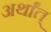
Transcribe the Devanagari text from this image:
अर्थांत्